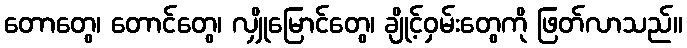
တောတွေ၊ တောင်တွေ၊ လျှိုမြောင်တွေ၊ ချိုင့်ဝှမ်းတွေကို ဖြတ်လာသည်။